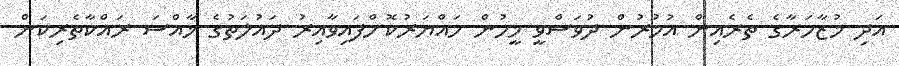
އަދި މުޒާހަރާގެ ތެރެއިން އުމުރުން ދުވަސްވީ މީހުން ހައްޔަރުކޮށްފައިވާއިރު ދައުލަތުގެ ޚާއްސަ ރައްކާތެރިކަން